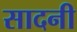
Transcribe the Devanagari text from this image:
सादनी